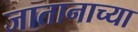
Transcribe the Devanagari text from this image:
जातानाच्या